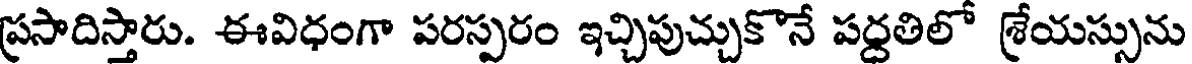
ప్రసాదిస్తారు. ఈవిధంగా పరస్పరం ఇచ్చిపుచ్చుకొనే పద్దతిలో శ్రేయస్సును